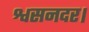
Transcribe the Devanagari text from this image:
श्वसनदर।